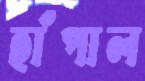
হাঁপাল